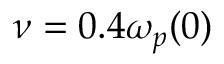
\nu = 0 . 4 \omega _ { p } ( 0 )